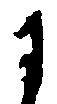
に